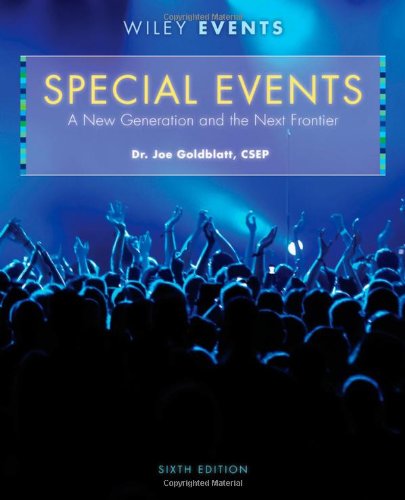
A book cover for Special Events: A New Generation and the Next Frontier; Joe Goldblatt; Politics & Social Sciences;